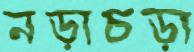
নড়াচড়া